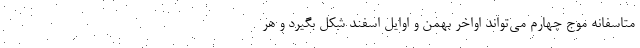
متاسفانه موج چهارم می‌تواند اواخر بهمن و اوایل اسفند شکل بگیرد و هر